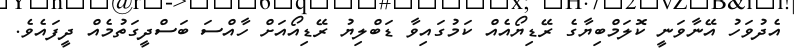
އެދުވަހު އޭނާވަނީ ކޮލަމްބިޔާގެ ރޭޑިޔޯއެއް ކަމުގައިވާ ޑަބްލިޔު ރޭޑިއޯއަށް ހާއްސަ ބަސްދީގަތުމެއް ދީފައެވެ.